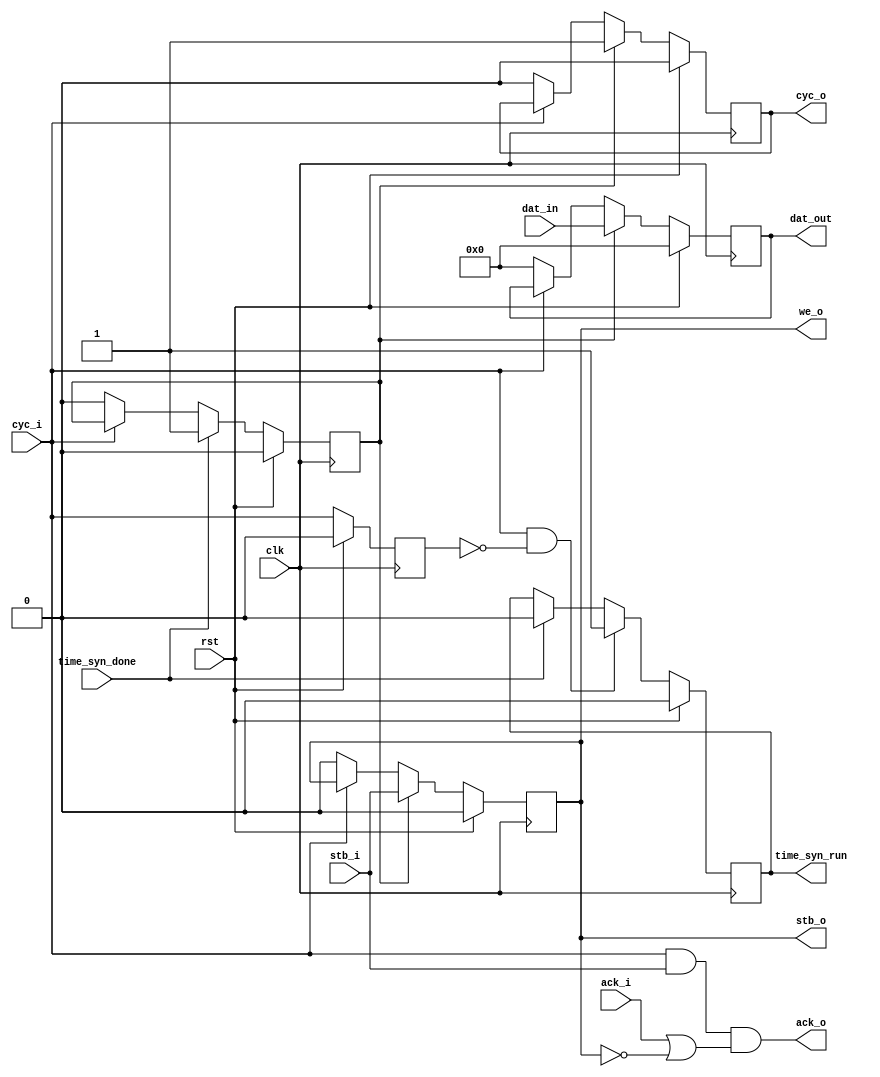
`timescale 1ns / 1ps
//////////////////////////////////////////////////////////////////////////////////
// Company: 
// Engineer: 
// 
// Design Name: 
// Module Name:    Synch_out 
// Project Name: 
// Target Devices: 
// Tool versions: 
// Description: 
//
// Dependencies: 
//
// Revision: 
// Revision 0.01 - File Created
// Additional Comments: 
//
//////////////////////////////////////////////////////////////////////////////////
module Synch_out(
	input clk, rst,
	input [31:0] 		dat_in,
	input 				cyc_i, 
	input					stb_i,
	output 				ack_o,
	output reg			time_syn_run,
	
	input					time_syn_done,
	output reg [31:0]	dat_out,
	output reg			cyc_o, stb_o, 
	output				we_o,
	input					ack_i
	);


reg cyc_i_pp;
always @(posedge clk)begin 
	if(rst) cyc_i_pp <= 1'b0;
	else    cyc_i_pp <= cyc_i;
end

always @(posedge clk)begin 
	if(rst) 									time_syn_run <= 1'b0;
	else if (cyc_i & (~cyc_i_pp)) 	time_syn_run <= 1'b1;
	else if (time_syn_done) 			time_syn_run <= 1'b0;
end

reg syn_done;
always @(posedge clk)begin 
	if(rst) 						syn_done <= 1'b0;
	else if (time_syn_done) syn_done <= 1'b1;
	else if (~cyc_i) 			syn_done <= 1'b0;
end

always @(posedge clk)begin 
	if(rst) 	begin
			dat_out <= 32'b0;
			cyc_o	  <= 1'b0;
			stb_o	  <= 1'b0;
			end
	else if (syn_done) begin
			cyc_o	  <= 1'b1;
			dat_out <= dat_in;
			stb_o	  <= stb_i;
			end
	else if (~cyc_i) begin
			dat_out <= 32'b0;
			cyc_o	  <= 1'b0;
			stb_o	  <= 1'b0;
			end
end

assign  ack_o = (cyc_i & stb_i & (ack_i|(~stb_o)));
assign  we_o  = stb_o;
endmodule